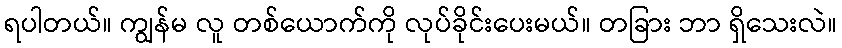
ရပါတယ်။ ကျွန်မ လူ တစ်ယောက်ကို လုပ်ခိုင်းပေးမယ်။ တခြား ဘာ ရှိသေးလဲ။